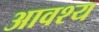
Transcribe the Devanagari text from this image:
आवश्‍य